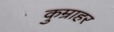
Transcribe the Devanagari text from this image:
कुम्राहर